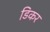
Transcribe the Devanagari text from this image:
डिकर